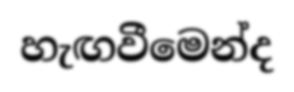
හැඟවීමෙන්ද